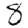
Digit: 8